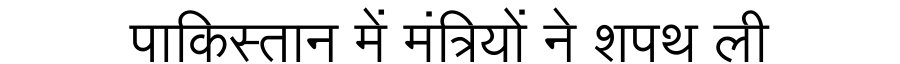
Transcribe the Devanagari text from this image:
पाकिस्तान में मंत्रियों ने शपथ ली